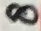
Text: 8